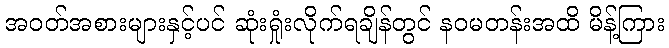
အဝတ်အစားများနှင့်ပင် ဆုံးရှုံးလိုက်ရချိန်တွင် နဝမတန်းအထိ မိန့်ကြား